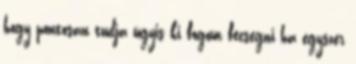
hogy pontosan tudja úgyis ki fogom fecsegni ha egyszer